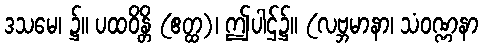
ဒသမေ၊ ၌။ ပထဝိန္တိ (ဧတ္ထ)၊ ဤပါဌ်၌။ (လဗ္ဘမာနာ၊ သံဝဏ္ဏနာ